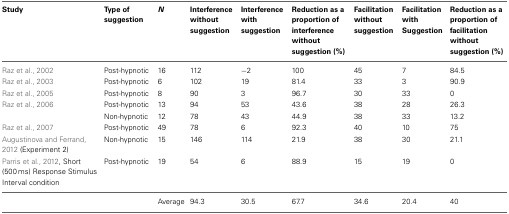
| Study | Type of suggestion | N | Interference without suggestion | Interference with suggestion | Reduction as a proportion of interference without suggestion (%) | Facilitation without suggestion | Facilitation with Suggestion | Reduction as a proportion of facilitation without suggestion (%) |
 | --- | --- | --- | --- | --- | --- | --- | --- | --- |
 | Raz et al., 2002 | Post-hypnotic | 16 | 112 | −2 | 100 | 45 | 7 | 84.5 |
 | Raz et al., 2003 | Post-hypnotic | 6 | 102 | 19 | 81.4 | 33 | 3 | 90.9 |
 | Raz et al., 2005 | Post-hypnotic | 8 | 90 | 3 | 96.7 | 30 | 33 | 0 |
 | Raz et al., 2006 | Post-hypnotic | 13 | 94 | 53 | 43.6 | 38 | 28 | 26.3 |
 |  | Non-hypnotic | 12 | 78 | 43 | 44.9 | 38 | 33 | 13.2 |
 | Raz et al., 2007 | Post-hypnotic | 49 | 78 | 6 | 92.3 | 40 | 10 | 75 |
 | Augustinova and Ferrand, 2012 (Experiment 2) | Non-hypnotic | 15 | 146 | 114 | 21.9 | 38 | 30 | 21.1 |
 | Parris et al., 2012, Short (500 ms) Response Stimulus Interval condition | Post-hypnotic | 19 | 54 | 6 | 88.9 | 15 | 19 | 0 |
 |  |  | Average | 94.3 | 30.5 | 67.7 | 34.6 | 20.4 | 40 |